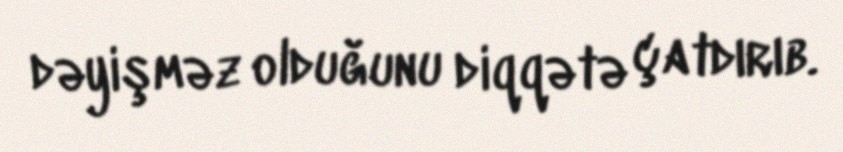
dəyişməz olduğunu diqqətə çatdırıb.